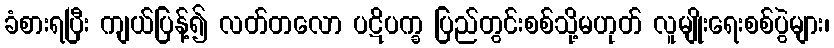
ခံစားရပြီး ကျယ်ပြန့်၍ လတ်တလော ပဋိပက္ခ ပြည်တွင်းစစ်သို့မဟုတ် လူမျိုးရေးစစ်ပွဲများ၊